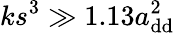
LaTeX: ks^{3}\gg 1.13a_{\mathrm{{dd}}}^{2}